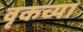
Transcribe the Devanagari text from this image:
वृकच्या